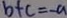
b + c = - a